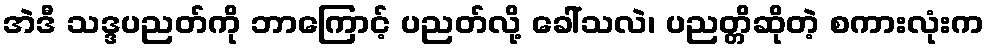
အဲဒီ သဒ္ဒပညတ်ကို ဘာကြောင့် ပညတ်လို့ ခေါ်သလဲ၊ ပညတ္တိဆိုတဲ့ စကားလုံးက